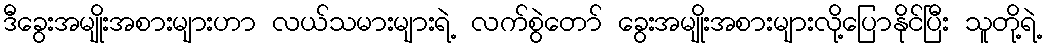
ဒီခွေးအမျိုးအစားများဟာ လယ်သမားများရဲ့ လက်စွဲတော် ခွေးအမျိုးအစားများလို့ပြောနိုင်ပြီး သူတို့ရဲ့